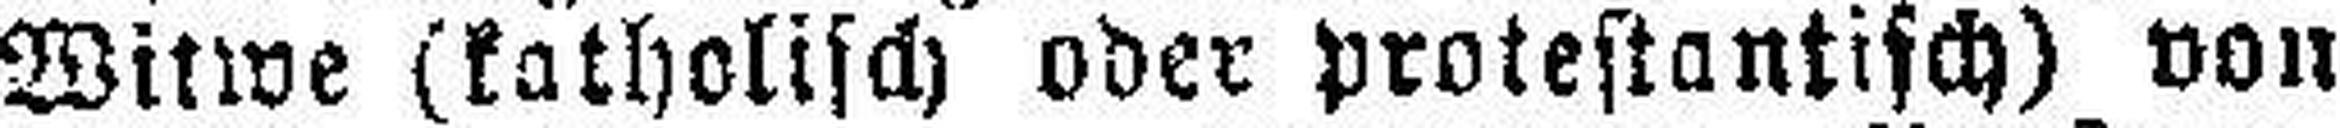
Witwe (katholisch oder protestantisch) von